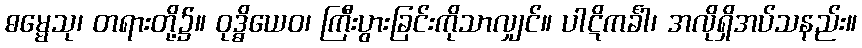
ဓမ္မေသု၊ တရားတို့၌။ ဝုဒ္ဓိယေဝ၊ ကြီးပွားခြင်းကိုသာလျှင်။ ပါဋိကင်္ခါ၊ အလိုရှိအပ်သနည်း။